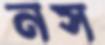
নস